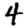
Digit: 4